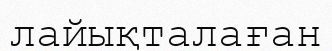
лайықталаған